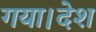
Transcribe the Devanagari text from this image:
गया।देश